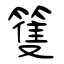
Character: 篗